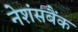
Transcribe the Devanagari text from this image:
नेशंसबैंक